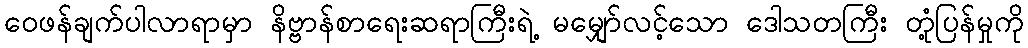
ဝေဖန်ချက်ပါလာရာမှာ နိဗ္ဗာန်စာရေးဆရာကြီးရဲ့ မမျှော်လင့်သော ဒေါသတကြီး တုံ့ပြန်မှုကို